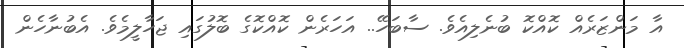
އާ މަންޒަރެއް ކޮއްކޮ ބުނެލިއެވެ. ސާބަހޭ.. އަހަރެން ކޮއްކޮގެ ބޮލުގައި ޖަހާލީމެވެ. އެބުނާހެން